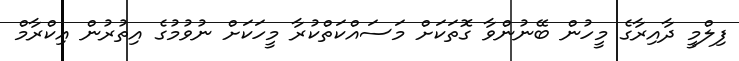
ފިލްމީ ދާއިރާގެ މީހުން ބޭނުންވާ ގޮތަކަށް މަސައްކަތްކުރާ މީހަކަށް ނުވުމުގެ އިތުރުން އިކްރާމް